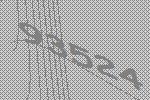
93524